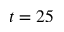
t = 2 5